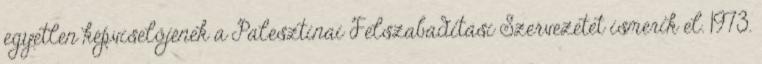
egyetlen képviselőjének a Palesztinai Felszabadítási Szervezetet ismerik el. 1973.